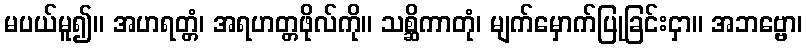
မပယ်မူ၍။ အဟရတ္တံ၊ အရဟတ္တဖိုလ်ကို။ သစ္ဆိကာတုံ၊ မျက်မှောက်ပြုခြင်းငှာ။ အဘဗ္ဗော၊